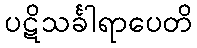
ပဋိသင်္ခါရာပေတိ